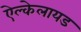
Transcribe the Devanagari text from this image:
ऐल्केलायड